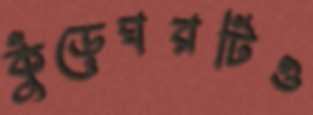
কুঁড়েঘরটিও